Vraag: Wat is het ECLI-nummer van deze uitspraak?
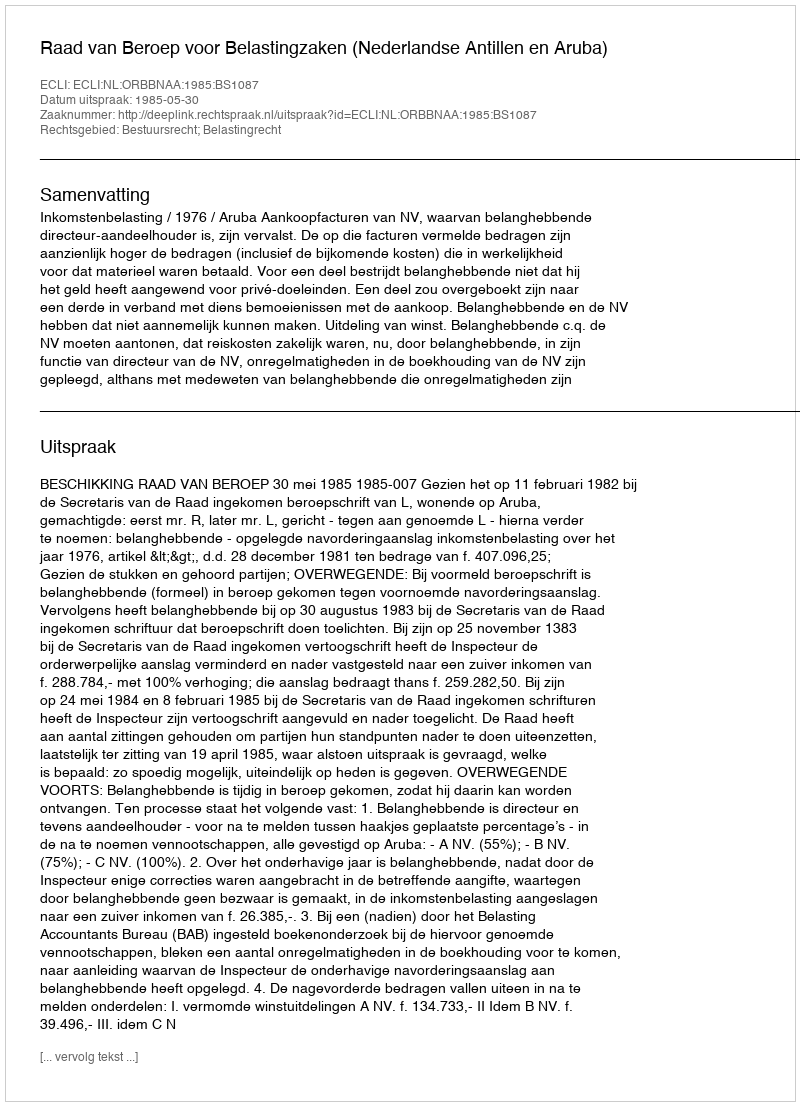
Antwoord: ECLI:NL:ORBBNAA:1985:BS1087